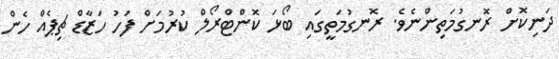
ދަނިކޮށް ރޮނގުމަތިންނެވެ. ރޮނގުމަތީގައި ބޯޅަ ކޮންޓްރޯލް ކުރުމަށް ފަހު ހަޒާޑް ޗިޕެއް ހެން